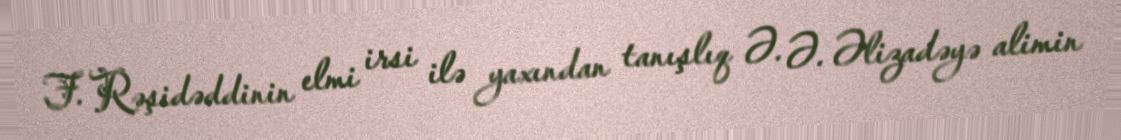
F. Rəşidəddinin elmi irsi ilə yaxından tanışlıq Ə. Ə. Əlizadəyə alimin